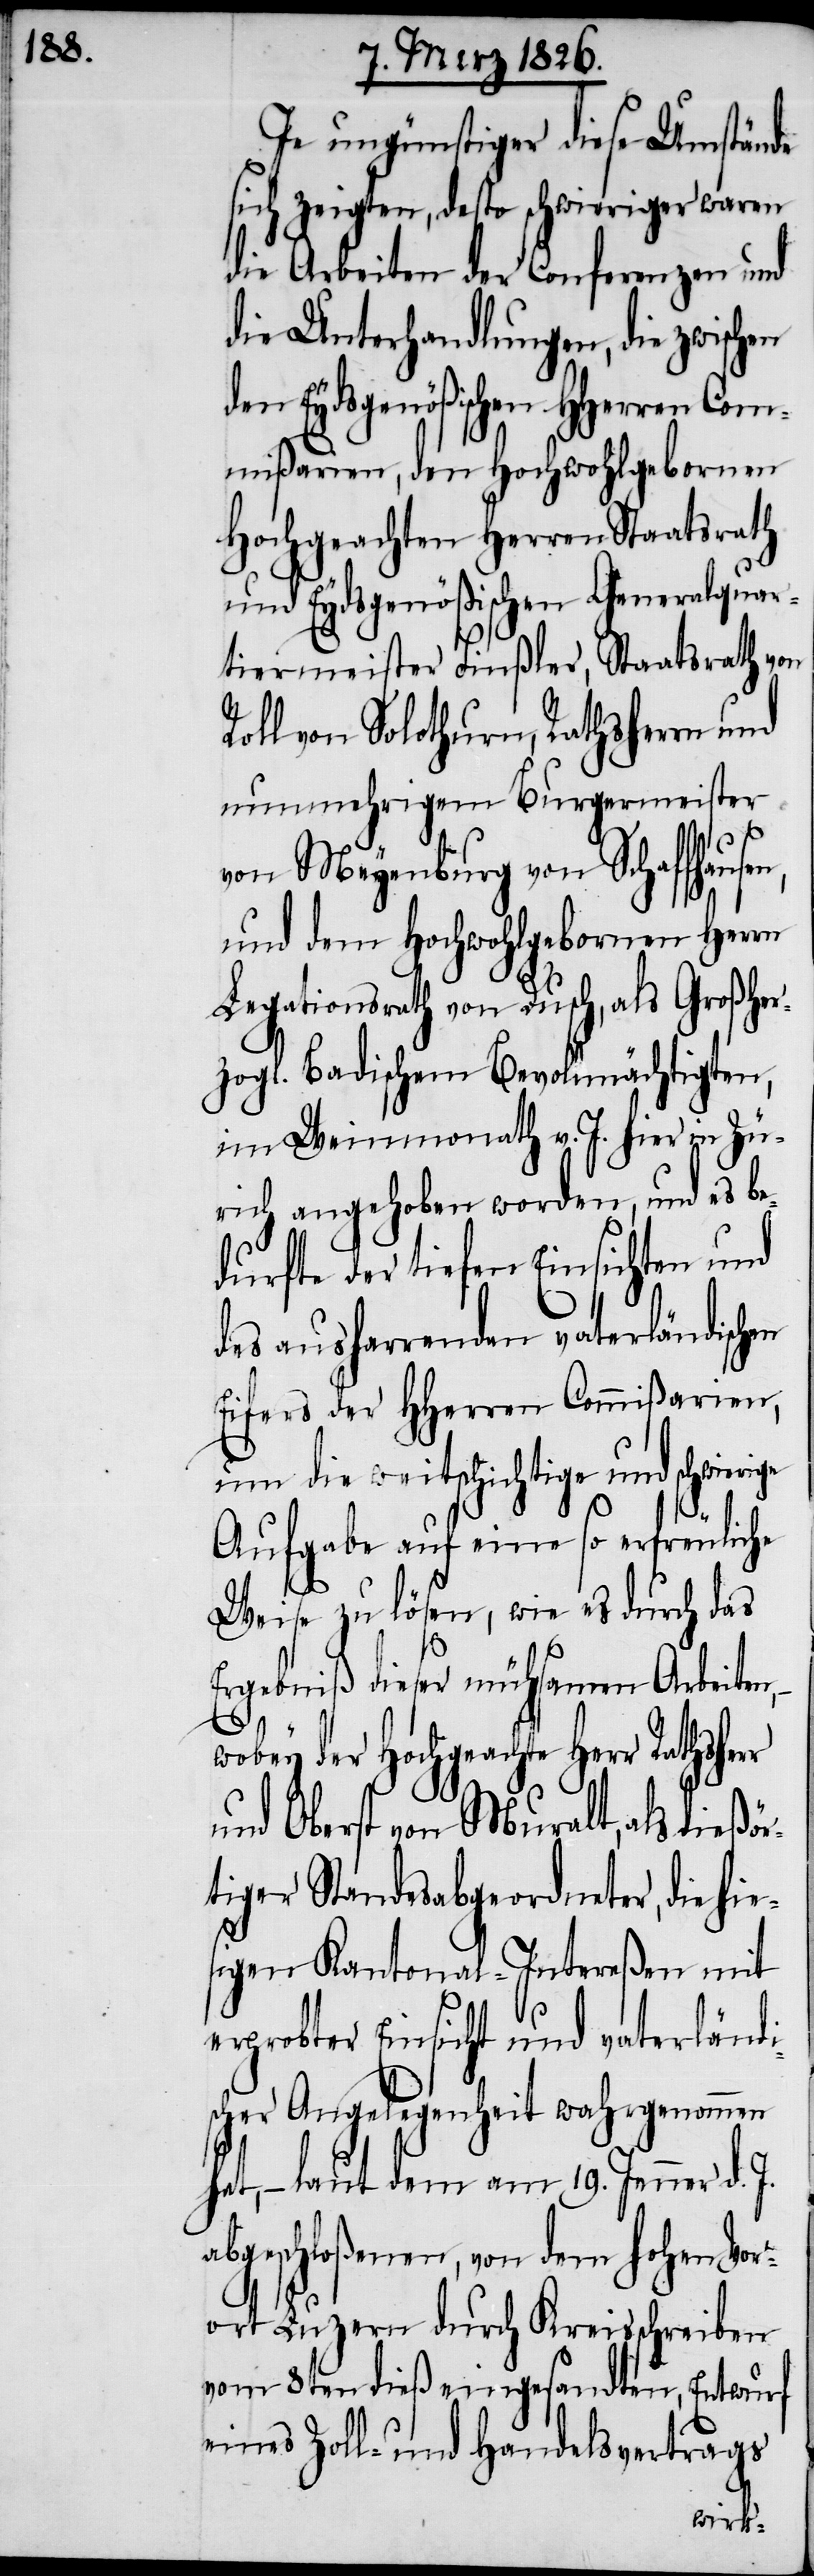
Je ungünstiger diese Umstände
sich zeigten, desto schwieriger waren
die Arbeiten der Conferenzen und
die Unterhandlungen, die zwisc¬
den Eydsgenößischen HHerren Com¬
mißarien, den Hochwohlgebornen
Hochgeachten Herren Staatsrath
und Eydsgenößischen Generalqua¬
rtiermeister Finßler, Staatsrath von
Roll von Solothurn, Rathsherrn und
nunmehrigem Burgermeister
r
von Meyenburg von Schaffhause¬
und dem Hochwohlgebornen Herrn
Legationsrath von Dusch, als Großhe¬
rzogl. Badischem Bevollmächtigten,
im Weinmonath v. J. hier in Zü¬
rich angehoben worden, und es be¬
durfte der tiefen Einsichten und
des ausharrenden vaterländischen
Eifers der HHerren Commißarien,
um die weitschichtige und schwie¬
Aufgabe auf eine so erfreuliche
Weise zu lösen, wie es durch das
Ergebniß dieser mühsamen Arbeite¬
n,
wobey der Hochgeachte Herr Rathsher¬
und Oberst von Muralt, als dießör¬
tiger Standesabgeordneter, die hie¬
sigen Kantonal-Intereßen mit
erprobter Einsicht und vaterländi¬
scher Angelegenheit wahrgenommen
hat, – laut dem am 19. Jenner d.
abgeschloßenen, von dem hohen Vor¬
ort Luzern durch Kreisschreiben
vom 8ten dieß eingesandten, Entwurf
eines Zoll- und Handelsvertrags
rige